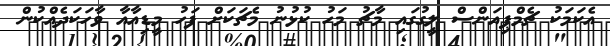
އެކަމަކު ޗެމްޕިއަންްސް ލީގުގައި މާޗު މަހު ކުޅުނު މެޗަކަށް ފަހު މީޑިއާއާ ވާހަކަދެއްކުން